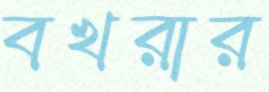
বখরার